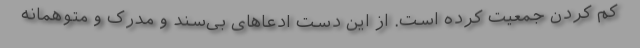
کم کردن جمعیت کرده است. از این دست ادعاهای بی‌سند و مدرک و متوهمانه